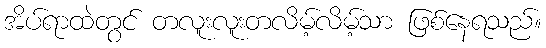
အိပ်ရာထဲတွင် တလူးလူးတလိမ့်လိမ့်သာ ဖြစ်နေရသည်။